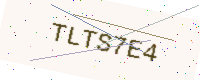
Text: TLTS7E4